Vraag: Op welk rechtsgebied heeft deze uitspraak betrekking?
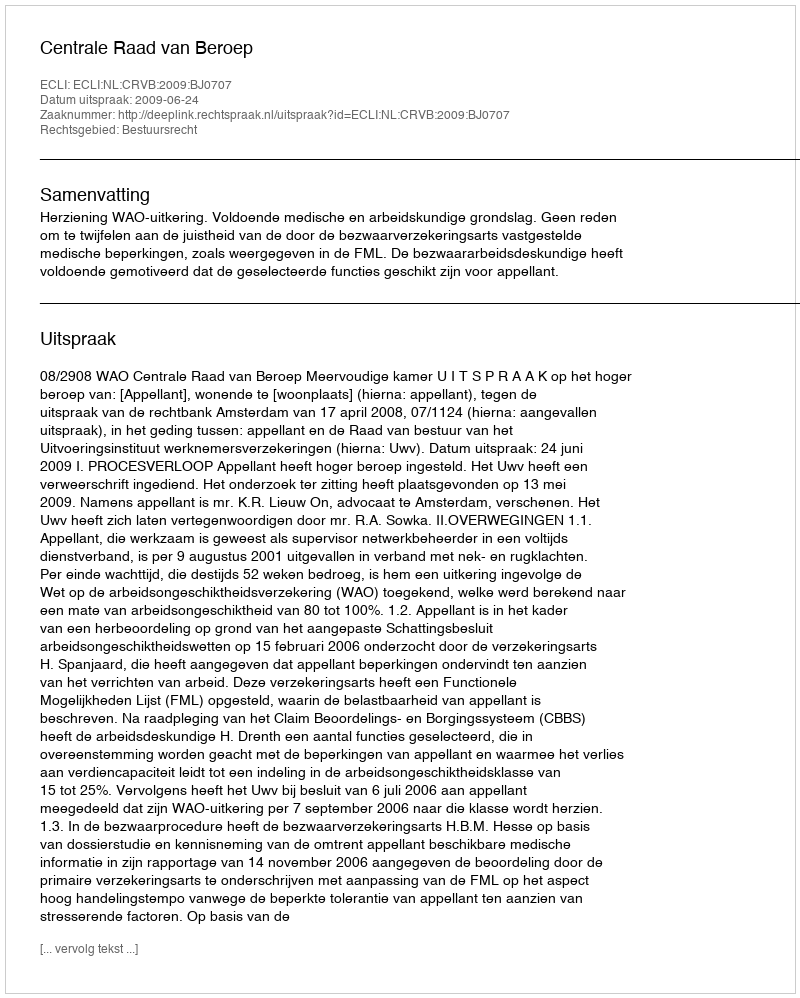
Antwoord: Bestuursrecht